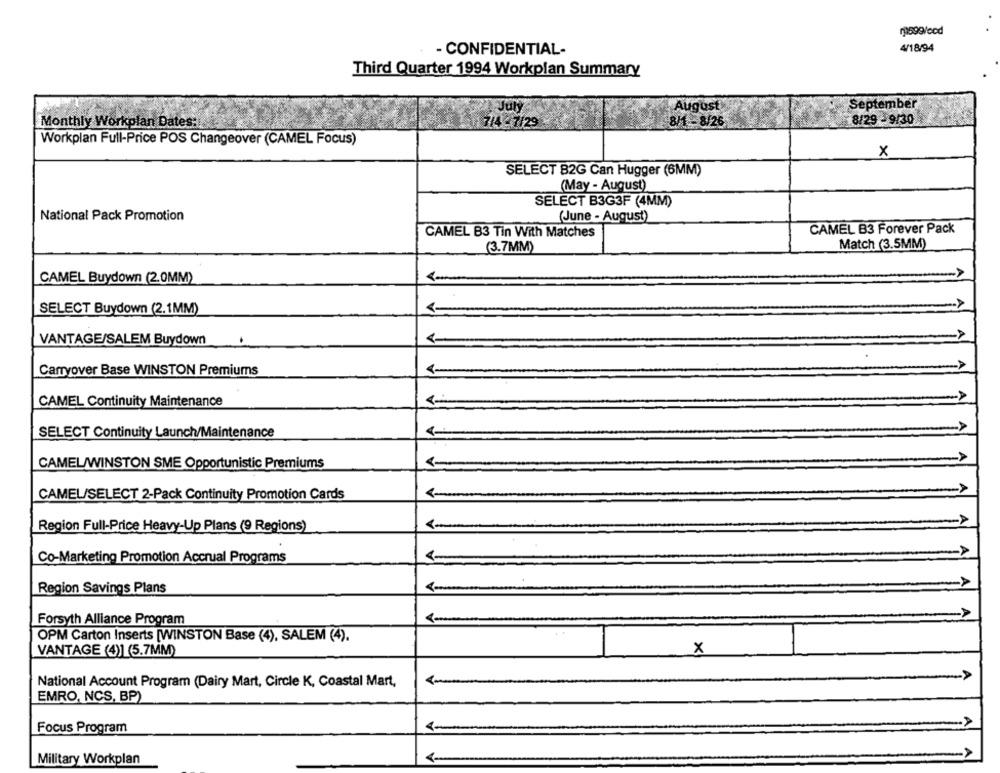
- CONFIDENTIAL-
4/18/94
Third Quarter 1994 Workplan Summary
August
September
Monthly Workplan Dates:
714 - 7/29
8/1 8/25
8/29 - 9/30
Workplan Full-Price POS Changeover (CAMEL Focus)
x
SELECT B2G Can Hugger (6MM)
(May - August)
SELECT B3G3F (4MM)
National Pack Promotion
(June - August)
CAMEL B3 Forever Pack
CAMEL B3 Tin With Matches
(3.7MM)
Match (3.5MM)
CAMEL Buydown (2.0MM)
SELECT Buydown (2.1MM)
<-
VANTAGE/SALEM Buydown
Carryover Base WINSTON Premiums
CAMEL Continuity Maintenance
SELECT Continuity Launch/Maintenance
CAMEL/WINSTON SME Opportunistic Premiums
CAMEL/SELECT 2-Pack Continuity Promotion Cards
Region Full-Price Heavy-Up Plans (9 Regions)
<-
Co-Marketing Promotion Accrual Programs
Region Savings Plans
<-
Forsyth Alliance Program
..
OPM Carton Inserts [WINSTON Base (4), SALEM (4).
x
VANTAGE (4)] (5.7MM)
National Account Program (Dairy Mart, Circle K, Coastal Mart,
EMRO, NCS, BP)
Focus Program
Military Workplan